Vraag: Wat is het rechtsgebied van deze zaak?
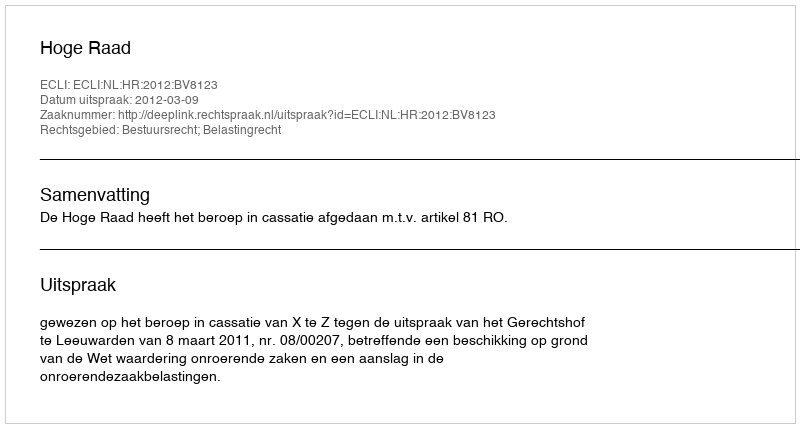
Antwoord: Bestuursrecht; Belastingrecht